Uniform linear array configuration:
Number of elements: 8
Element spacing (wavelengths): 0.5
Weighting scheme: hamming
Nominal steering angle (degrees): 60
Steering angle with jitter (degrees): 60.108
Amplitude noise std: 0.05
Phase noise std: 0.05

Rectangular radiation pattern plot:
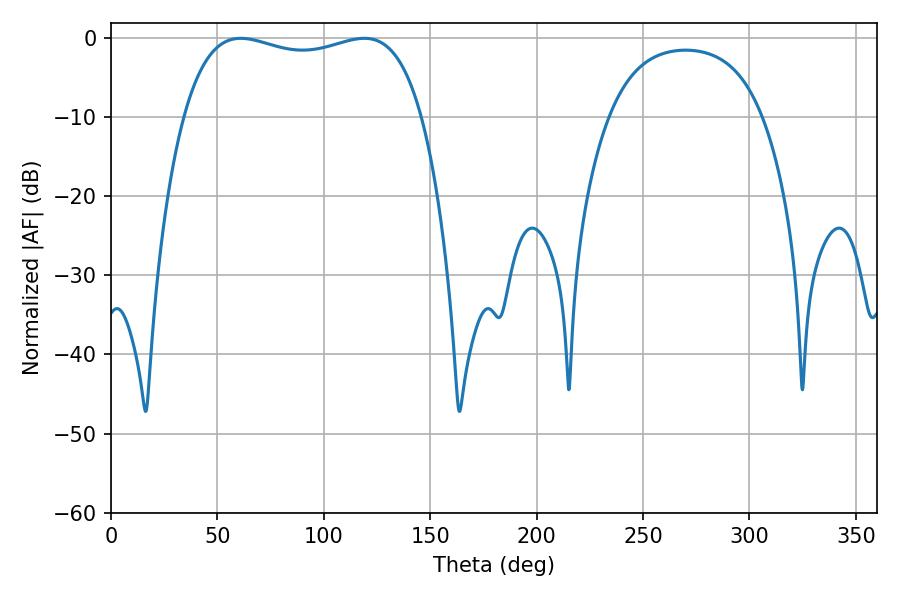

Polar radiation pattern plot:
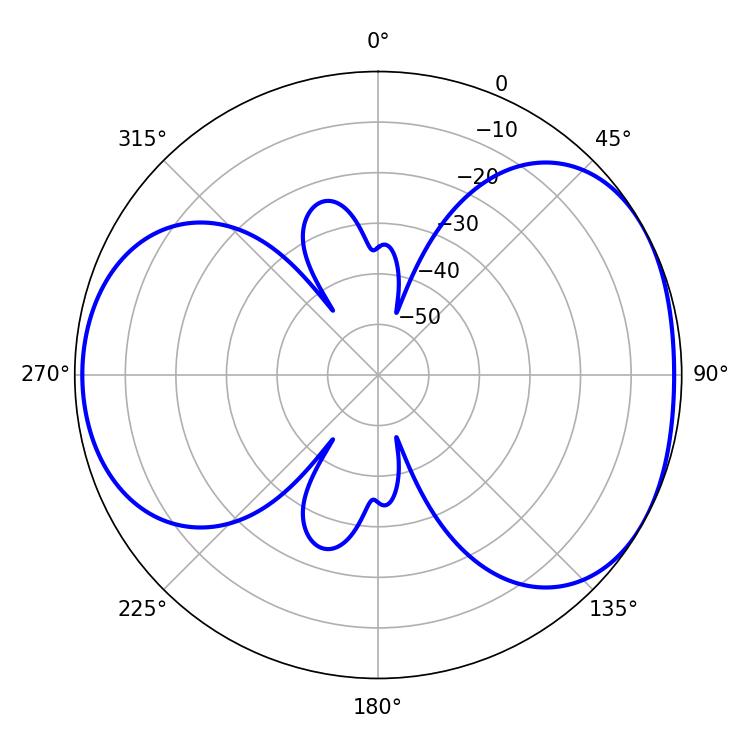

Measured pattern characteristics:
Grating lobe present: FALSE
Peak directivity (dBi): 4.648
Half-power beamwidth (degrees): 91.08
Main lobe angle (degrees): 61.02